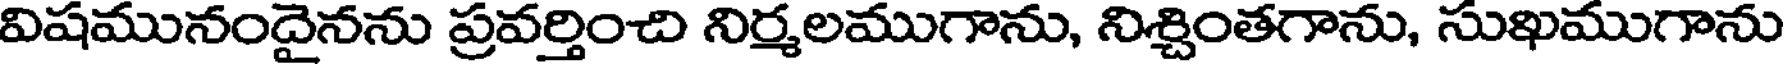
విషమునందైనను ప్రవర్తించి నిర్మలముగాను, నిశ్చింతగాను, సుఖముగాను